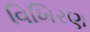
વિખિરણ